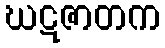
ဃဋဇာတက